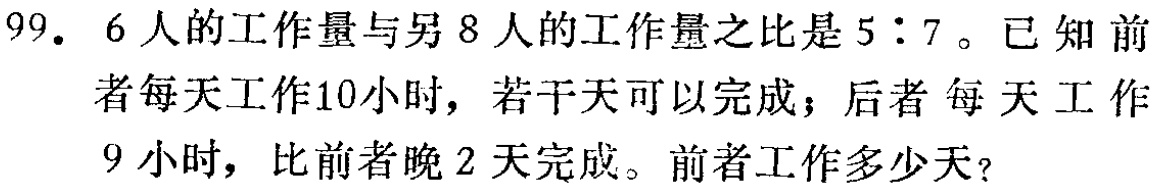
99. 6人的工作量与另8人的工作量之比是5：7。已知前者每天工作10小时，若干天可以完成；后者每天工作9小时，比前者晚2天完成。前者工作多少天？